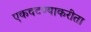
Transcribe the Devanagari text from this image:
एकवटण्याकरीता